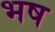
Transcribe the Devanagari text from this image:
भष